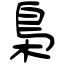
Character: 梟